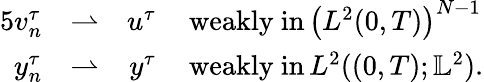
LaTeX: \begin{array}{rlrl}{{5}v_{n}^{\tau}}&{\rightharpoonup}&{u^{\tau}\, }&{\mathrm{weakly~in}\, \left(L^{2}(0,T)\right)^{N-1}}\\ {y_{n}^{\tau}}&{\rightharpoonup}&{y^{\tau}\, }&{\mathrm{weakly~in}\, L^{2}((0,T);\mathbb L^{2}).}\end{array}